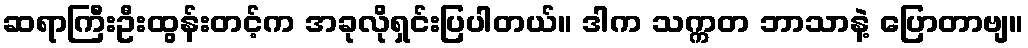
ဆရာကြီးဦးထွန်းတင့်က အခုလိုရှင်းပြပါတယ်။ ဒါက သက္ကတ ဘာသာနဲ့ ပြောတာဗျ။